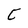
Character: C